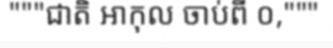
"""ជាតិ អាកុល ចាប់ពី ០,"""